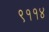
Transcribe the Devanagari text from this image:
९११४